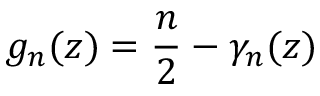
g _ { n } ( z ) = \frac { n } { 2 } - \gamma _ { n } ( z )